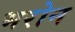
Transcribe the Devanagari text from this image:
भरोन